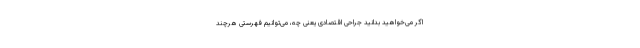
اگر می‌خواهید بدانید جراحی اقتصادی یعنی چه، می‌توانیم فهرستی هرچند